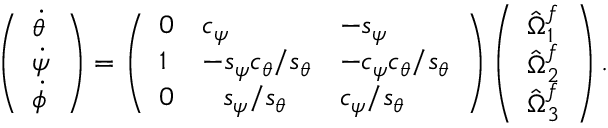
\left( \begin{array} { l } { \dot { \theta } } \\ { \dot { \psi } } \\ { \dot { \phi } } \end{array} \right) = \left( \begin{array} { l l l } { 0 } & { c _ { \psi } } & { - s _ { \psi } } \\ { 1 } & { - s _ { \psi } c _ { \theta } / s _ { \theta } } & { - c _ { \psi } c _ { \theta } / s _ { \theta } } \\ { 0 } & { \hphantom { + } s _ { \psi } / s _ { \theta } } & { c _ { \psi } / s _ { \theta } } \end{array} \right) \left( \begin{array} { l } { \hat { \Omega } _ { 1 } ^ { f } } \\ { \hat { \Omega } _ { 2 } ^ { f } } \\ { \hat { \Omega } _ { 3 } ^ { f } } \end{array} \right) .